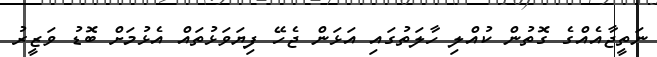
ނަތީޖާއެއްގެ ގޮތުން ކުއްލި ހާލަތުގައި އަޅަން ޖެހޭ ފިޔަވަޅުތައް އެޅުމަށް ބޮޑު ވަޒީރު